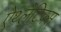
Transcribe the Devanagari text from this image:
ऐथ्लेटिक्स